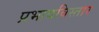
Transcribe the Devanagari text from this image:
प्रभावविस्तार